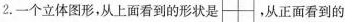
2.一个立体图形，从上面看到的形状是 ，从正面看到的